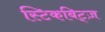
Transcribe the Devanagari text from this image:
स्टिकबिट्ज़